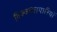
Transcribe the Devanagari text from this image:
विश्वव्यापारियों